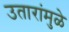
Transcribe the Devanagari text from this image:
उतारांमुळे